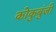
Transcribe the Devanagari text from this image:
कोकुबुंजी